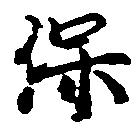
保